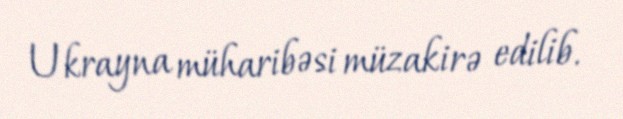
Ukrayna müharibəsi müzakirə edilib.